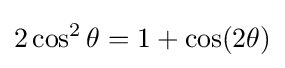
2\cos ^{2}\theta =1+\cos(2\theta )